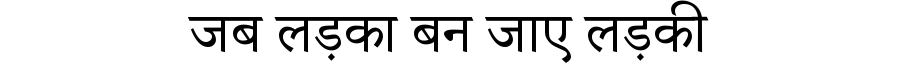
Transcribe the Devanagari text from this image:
जब लड़का बन जाए लड़की